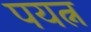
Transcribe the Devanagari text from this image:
पयत्न